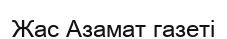
Жас Азамат газеті